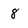
Character: 8